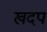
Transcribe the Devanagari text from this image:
खदप